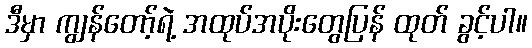
ဒီမှာ ကျွန်တော့်ရဲ့ အထုပ်အပိုးတွေပြန် ထုတ် ခွင့်ပါ။